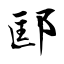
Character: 邼